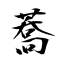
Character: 蕎